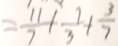
= \frac { 1 1 } { 7 } + \frac { 7 } { 3 } + \frac { 3 } { 7 }